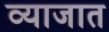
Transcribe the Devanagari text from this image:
व्याजात